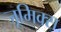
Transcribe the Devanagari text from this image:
जूमिक्स